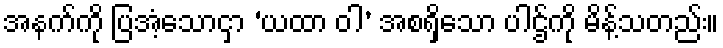
အနက်ကို ပြအံ့သောငှာ ‘ယထာ ဝါ’ အစရှိသော ပါဌ်ကို မိန့်သတည်း။